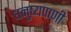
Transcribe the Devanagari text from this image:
धनुष्यपाणी